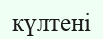
күлтені